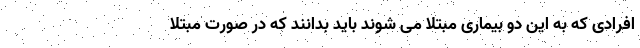
افرادی که به این دو بیماری مبتلا می شوند باید بدانند که در صورت مبتلا